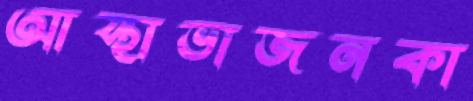
আস্থাভাজনকা